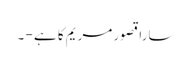
سارا قصور مریم کا ہے - ۔